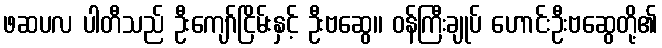
ဖဆပလ ပါတီသည် ဦးကျော်ငြိမ်းနှင့် ဦးဗဆွေ၊၊ ဝန်ကြီးချုပ် ဟောင်းဦးဗဆွေတို့၏